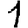
Digit: 1